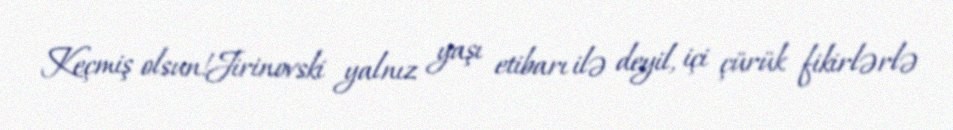
Keçmiş olsun!Jirinovski yalnız yaşı etibarı ilə deyil, içi çürük fikirlərlə